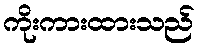
ကိုးကားထားသည်